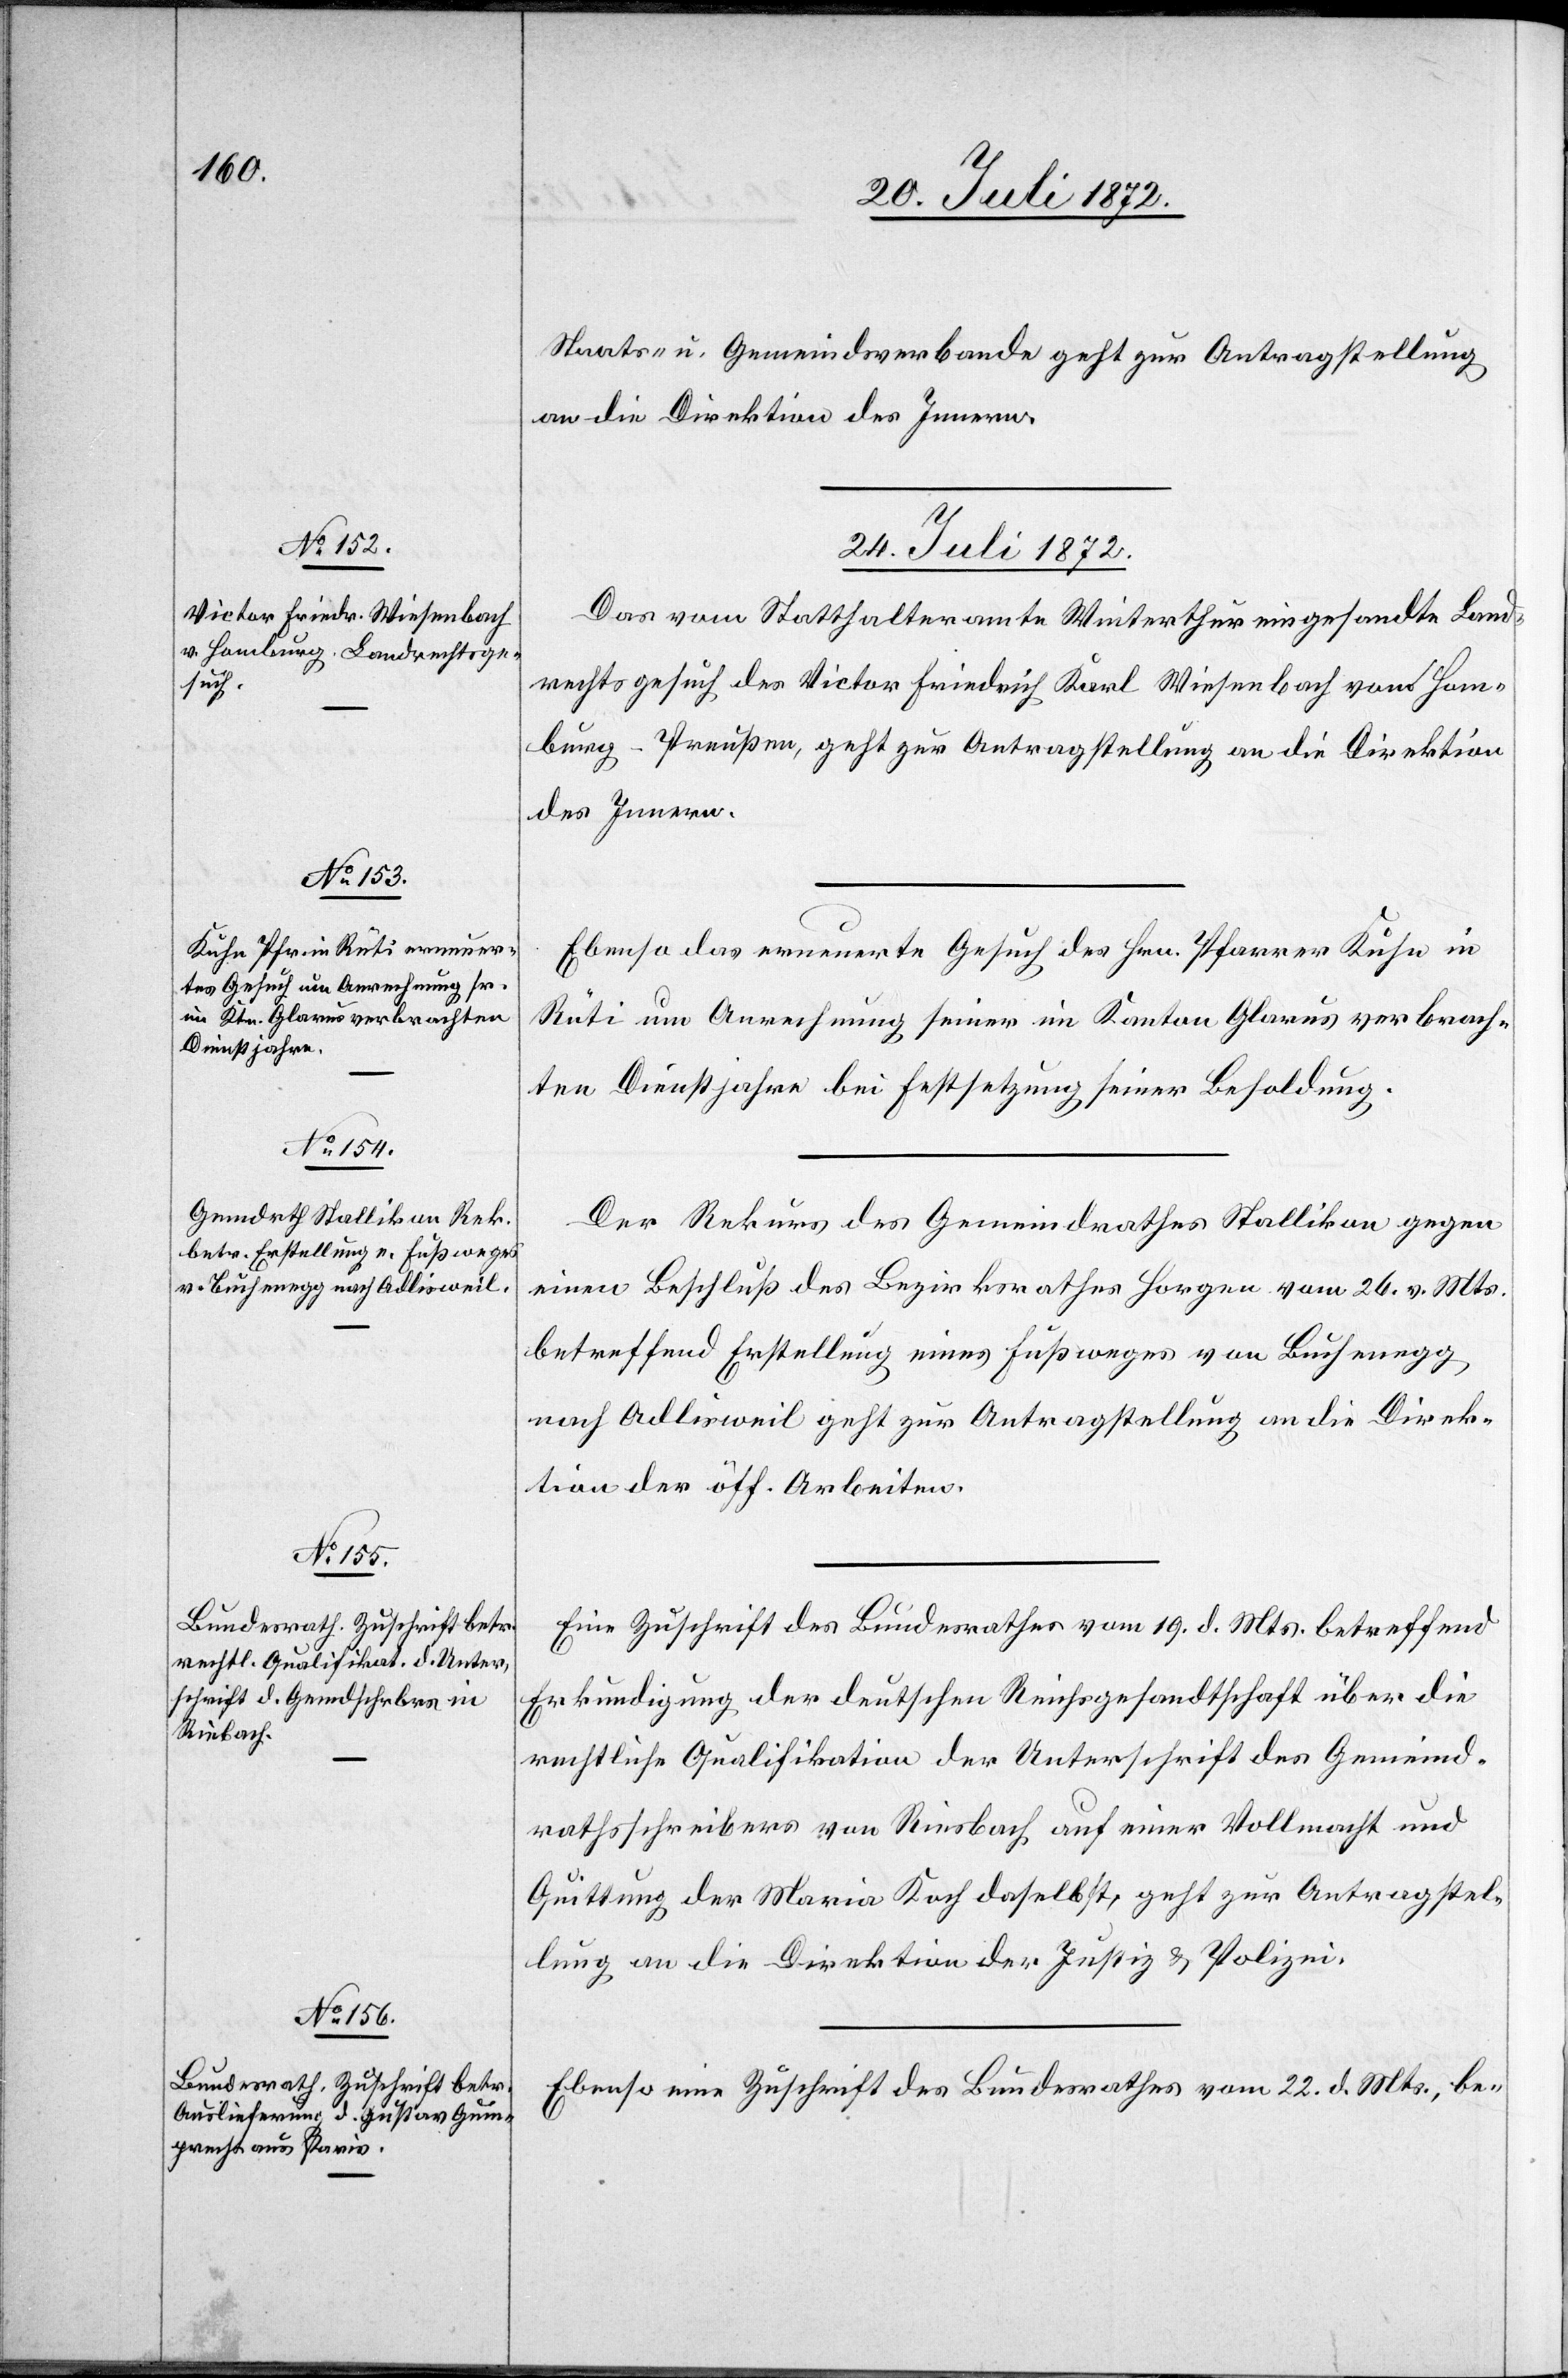
Staats- u. Gemeindsverbande geht zur Antragstellung
an die Direktion des Innern.
24. Juli 1872.]
Das vom Statthalteramte Winterthur eingesandte Land¬
rechtsgesuch des Victor Friedrich Karl Wiesenbach von Ham¬
burg-Preußen, geht zur Antragstellung an die Direktion
des Innern.
Ebenso das erneuerte Gesuch des Hrn. Pfarrer Kuhn in
Rüti um Anrechnung seiner im Kanton Glarus verbrach¬
ten Dienstjahre bei Festsetzung seiner Besoldung.
Der Rekurs des Gemeindrathes Stallikon gegen
einen Beschluß des Bezirksrathes Horgen vom 26. v. Mts.
betreffend Erstellung eines Fußweges von Buchenegg
nach Adlisweil geht zur Antragstellung an die Direk¬
tion der öff. Arbeiten.
Eine Zuschrift des Bundesrathes vom 19. d. Mts. betreffend
Erkundigung der deutschen Reichsgesandtschaft über die
rechtliche Qualifikation der Unterschrift des Gemeind¬
rathsschreibers von Riesbach auf einer Vollmacht und
Quittung der Maria Koch daselbst, geht zur Antragstel¬
lung an die Direktion der Justiz u. Polizei.
Ebenso eine Zuschrift des Bundesrathes vom 22. d. Mts., be-